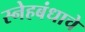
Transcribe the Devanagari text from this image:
स्नेहबंधाचे